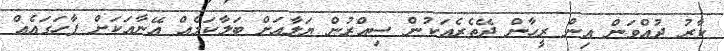
ކާރު ދުއްވަން އިން ރީހާން ދޭތެރެއަކުން ސިއްރުން ޔަލާއަށް ބަލާކަމެއް އޭނާއަކަށް ފާހަގައެއް